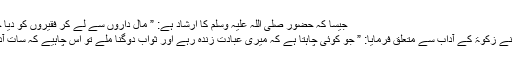
جیسا کہ حضور صلی اللہ علیہ وسلم کا ارشاد ہے: ” مال داروں سے لے کر فقیروں کو دیا جائے گا “(مشکوۃ شریف)
امام غزالی رحمۃ اللہ علیہ نے زکوٰۃ کے آداب سے متعلق فرمایا: ” جو کوئی چاہتا ہے کہ میری عبادت زندہ رہے اور ثواب دوگنا ملے تو اس چاہیے کہ سات آداب اپنے اوپر لازم کرلے۔